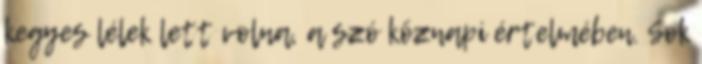
kegyes lélek lett volna, a szó köznapi értelmében. Sok